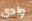
وادى